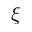
\xi